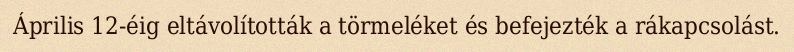
Április 12-éig eltávolították a törmeléket és befejezték a rákapcsolást.